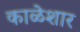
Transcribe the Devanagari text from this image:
काळेशार